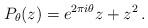
LaTeX: \begin{align*}P_{\theta}(z)=e^{2\pi i\theta}z+z^2\,.\end{align*}